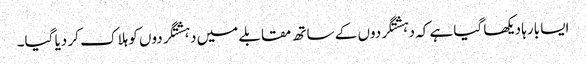
ایسا بارہا دیکھا گیا ہے کہ دہشتگردوں کے ساتھ مقابلے میں دہشتگردوں کو ہلاک کر دیا گیا۔